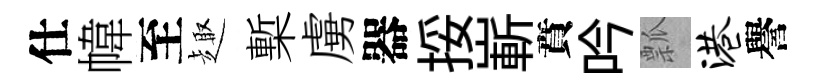
仕幃至趣槧虜器挼嶄賁吟瓢港譽